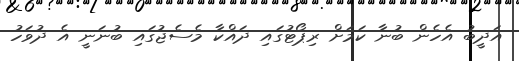
އަދީބު އެހެން ބުނާ ކަމަށް ރިޕޯޓުގައި ދައްކާ މެސެޖުގައި ބުނަނީ އެ ދުވަހު